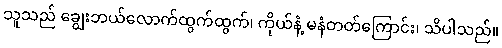
သူသည် ချွေးဘယ်လောက်ထွက်ထွက်၊ ကိုယ်နံ့ မနံတတ်ကြောင်း၊ သိပါသည်။